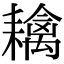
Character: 𦔟